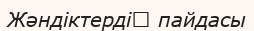
Жәндіктердіӊ пайдасы